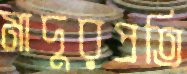
মাদুরপ্রতি